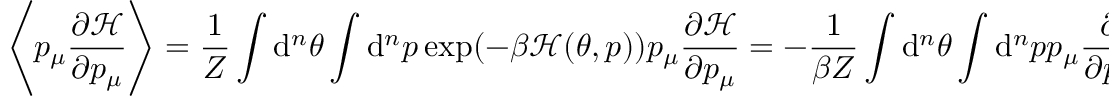
\left\langle p _ { \mu } \frac { \partial \mathcal { H } } { \partial p _ { \mu } } \right\rangle = \frac { 1 } { Z } \int \mathrm { d } ^ { n } \theta \int \mathrm { d } ^ { n } p \: \exp ( - \beta \mathcal { H } ( \theta , p ) ) p _ { \mu } \frac { \partial \mathcal { H } } { \partial p _ { \mu } } = - \frac { 1 } { \beta Z } \int \mathrm { d } ^ { n } \theta \int \mathrm { d } ^ { n } p \: p _ { \mu } \frac { \partial } { \partial p _ { \mu } } \exp ( - \beta \mathcal { H } ( \theta , p ) ) = \frac { n } { \beta }